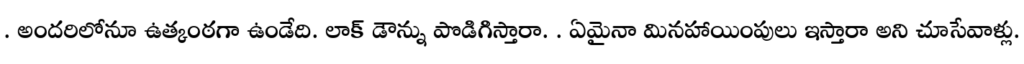
. అందరిలోనూ ఉత్కంఠగా ఉండేది. లాక్ డౌన్ను పొడిగిస్తారా. . ఏమైనా మినహాయింపులు ఇస్తారా అని చూసేవాళ్లు.